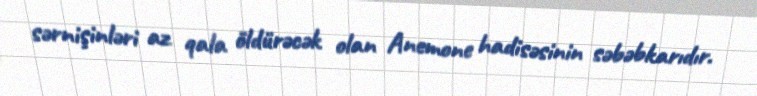
sərnişinləri az qala öldürəcək olan Anemone hadisəsinin səbəbkarıdır.